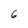
Character: 6